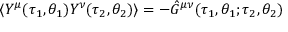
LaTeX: \langle Y ^ { \mu } ( \tau _ { 1 } , \theta _ { 1 } ) Y ^ { \nu } ( \tau _ { 2 } , \theta _ { 2 } ) \rangle = - \hat { \cal G } ^ { \mu \nu } ( \tau _ { 1 } , \theta _ { 1 } ; \tau _ { 2 } , \theta _ { 2 } )